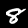
Digit: 8